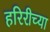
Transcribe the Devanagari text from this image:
हरिरीच्या